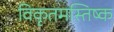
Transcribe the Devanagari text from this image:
विकृतमस्तिष्क